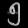
Digit: ၅